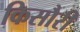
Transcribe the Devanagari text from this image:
किसौरी